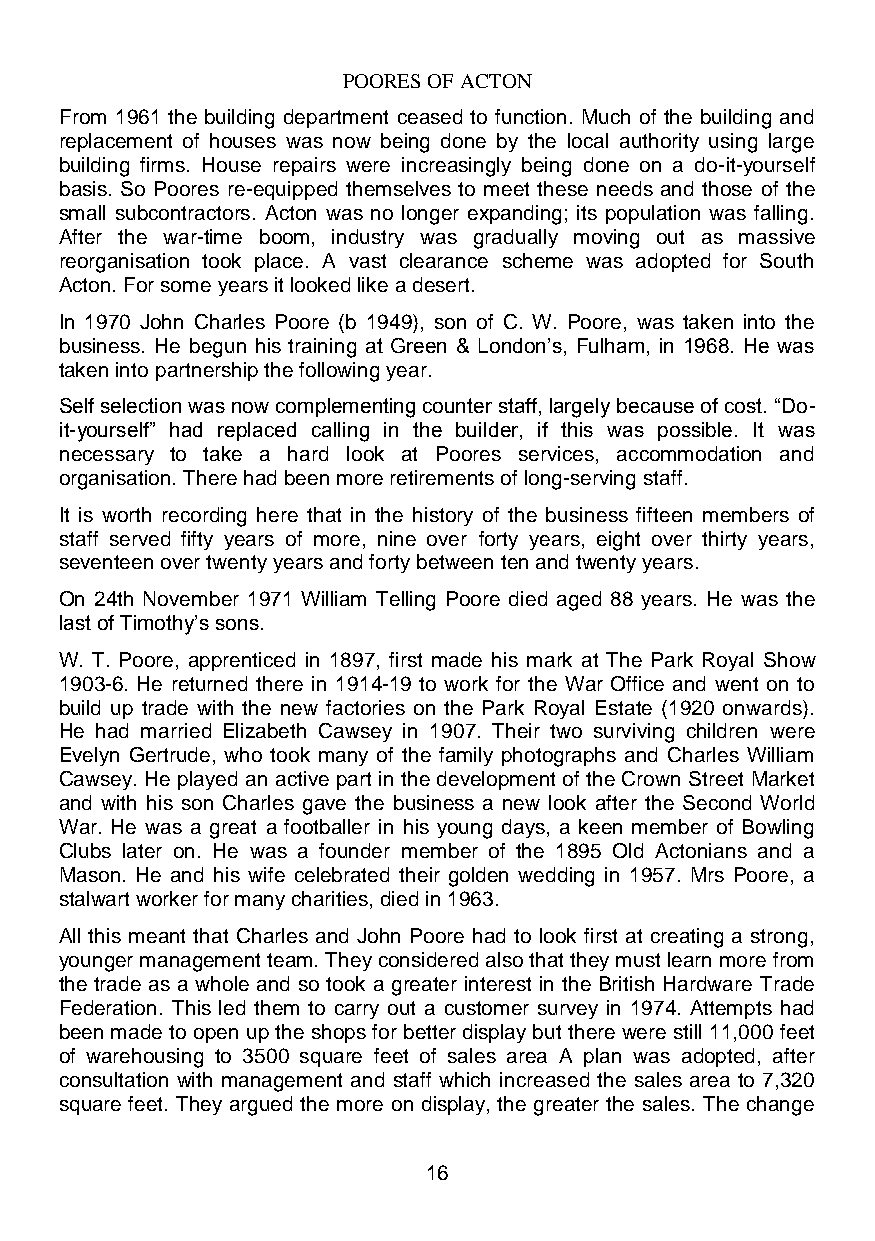
POORES OF ACTON
 From 1961 the building department ceased to function. Much of the building and
 replacement of houses was now being done by the local authority using large
 building firms. House repairs were increasingly being done on a do-it-yourself
 basis. So Poores re-equipped themselves to meet these needs and those of the
 small subcontractors. Acton was no longer expanding; its population was falling.
 After the war-time boom, industry was gradually moving out as massive
 reorganisation took place. A vast clearance scheme was adopted for South
 Acton. For some years it looked like a desert.
 In 1970 John Charles Poore (b 1949), son of C. W. Poore, was taken into the
 business. He begun his training at Green & London’s, Fulham, in 1968. He was
 taken into partnership the following year.
 Self selection was now complementing counter staff, largely because of cost. “Do-
 it-yourself” had replaced calling in the builder, if this was possible. It was
 necessary to take a hard look at Poores services, accommodation and
 organisation. There had been more retirements of long-serving staff.
 It is worth recording here that in the history of the business fifteen members of
 staff served fifty years of more, nine over forty years, eight over thirty years,
 seventeen over twenty years and forty between ten and twenty years.
 On 24th November 1971 William Telling Poore died aged 88 years. He was the
 last of Timothy’s sons.
 W. T. Poore, apprenticed in 1897, first made his mark at The Park Royal Show
 1903-6. He returned there in 1914-19 to work for the War Office and went on to
 build up trade with the new factories on the Park Royal Estate (1920 onwards).
 He had married Elizabeth Cawsey in 1907. Their two surviving children were
 Evelyn Gertrude, who took many of the family photographs and Charles William
 Cawsey. He played an active part in the development of the Crown Street Market
 and with his son Charles gave the business a new look after the Second World
 War. He was a great a footballer in his young days, a keen member of Bowling
 Clubs later on. He was a founder member of the 1895 Old Actonians and a
 Mason. He and his wife celebrated their golden wedding in 1957. Mrs Poore, a
 stalwart worker for many charities, died in 1963.
 All this meant that Charles and John Poore had to look first at creating a strong,
 younger management team. They considered also that they must learn more from
 the trade as a whole and so took a greater interest in the British Hardware Trade
 Federation. This led them to carry out a customer survey in 1974. Attempts had
 been made to open up the shops for better display but there were still 11,000 feet
 of warehousing to 3500 square feet of sales area A plan was adopted, after
 consultation with management and staff which increased the sales area to 7,320
 square feet. They argued the more on display, the greater the sales. The change
 16